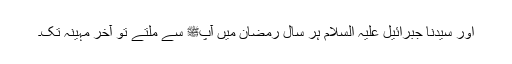
اور سیدنا جبرائیل علیہ السلام ہر سال رمضان میں آپﷺ سے ملتے تو آخر مہینہ تک۔